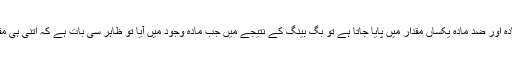
وہ سوال یہ ہے کہ اگر قدرتی طور پر مادہ اور ضدِ مادہ یکساں مقدار میں پایا جاتا ہے تو بگ بینگ کے نتیجے میں جب مادہ وجود میں آیا تو ظاہر سی بات ہے کہ اتنی ہی مقدار میں ضدِ مادہ بھی وجود میں آیا ہوگا۔